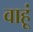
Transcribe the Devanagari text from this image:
वाहूं